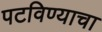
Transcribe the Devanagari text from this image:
पटविण्याचा